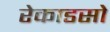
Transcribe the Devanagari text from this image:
रेकाडसो